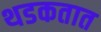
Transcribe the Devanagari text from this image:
थडकतात